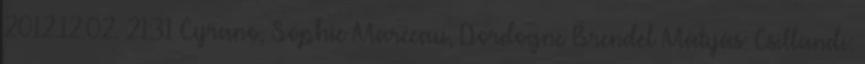
2012.12.02. 21:31 Cyrano, Sophie Marceau, Dordogne Brendel Mátyás: Csillandi: